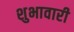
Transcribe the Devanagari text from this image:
शुभावारी